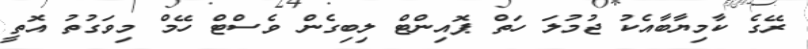
ރޭގެ ކާމިޔާބާއެކު ޖުމުލަ ހަތް ޕޮއިންޓް ލިބިގެން ވެސްޓް ހޭމް މިވަގުތު އޮތީ